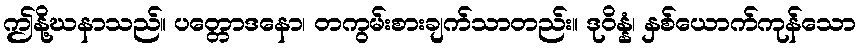
ဤနို့ဃနာသည်။ ပတ္တောဒနော၊ တကွမ်းစားချက်သာတည်း။ ဒုဝိန္နံ၊ နှစ်ယောက်ကုန်သော